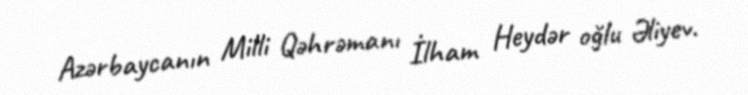
Azərbaycanın Milli Qəhrəmanı İlham Heydər oğlu Əliyev.